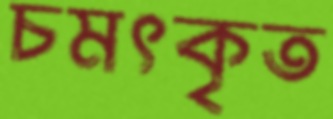
চমৎকৃত